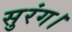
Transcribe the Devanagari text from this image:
सुरंग।